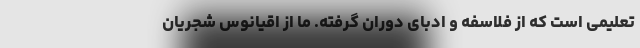
تعلیمی است که از فلاسفه و ادبای دوران گرفته. ما از اقیانوس شجریان